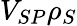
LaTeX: V_{SP}\rho_{S}